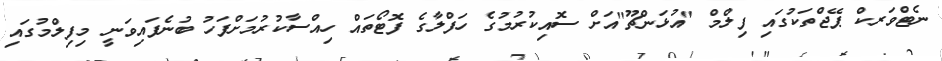
ނެޓްވަރކް ޕޭޖްތަކުގައި ފިލްމް "އުޅަންޗޫ"އަށް ސޮއިކުރުމުގެ ހަފްލާގެ ފޮޓޯތައް ހިއްސާކުރުމަށްފަހު ބުނެފައިވަނީ މިފިލްމުގައި